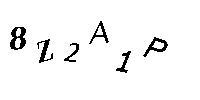
8Z2A1P